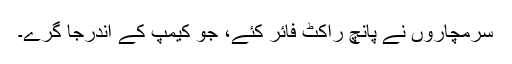
سرمچاروں نے پانچ راکٹ فائر کئے، جو کیمپ کے اندرجا گرے۔